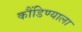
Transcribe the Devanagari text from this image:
कौंडिण्याला